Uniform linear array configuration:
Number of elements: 48
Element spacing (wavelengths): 1
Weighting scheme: hann
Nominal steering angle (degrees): -60
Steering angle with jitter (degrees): -59.293
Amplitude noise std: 0.05
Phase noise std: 0.05

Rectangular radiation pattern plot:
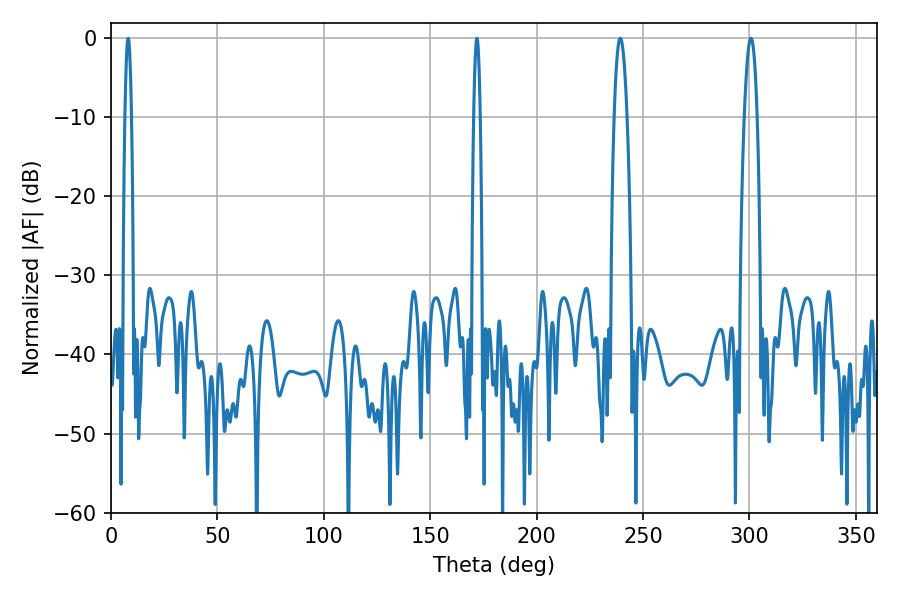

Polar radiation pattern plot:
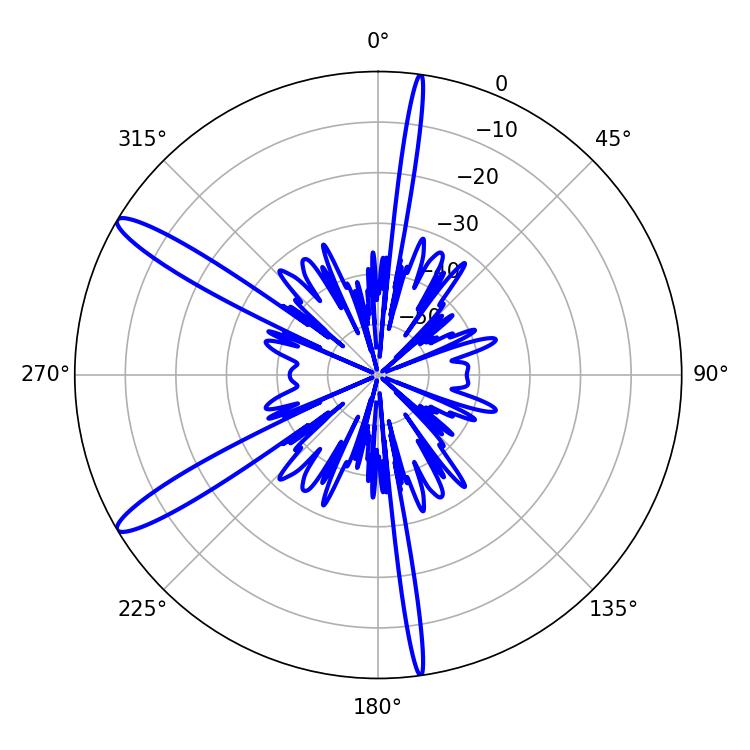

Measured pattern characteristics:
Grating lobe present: TRUE
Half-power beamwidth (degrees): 3.24
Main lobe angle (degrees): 239.22